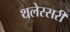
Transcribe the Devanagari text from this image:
थलेस्सरी